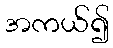
အကယ်၍